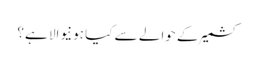
کشمیر کے حوالے سے کیا ہونیوالا ہے؟